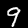
Digit: 9